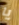
يا